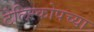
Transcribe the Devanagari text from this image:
टेलिस्कोपच्या